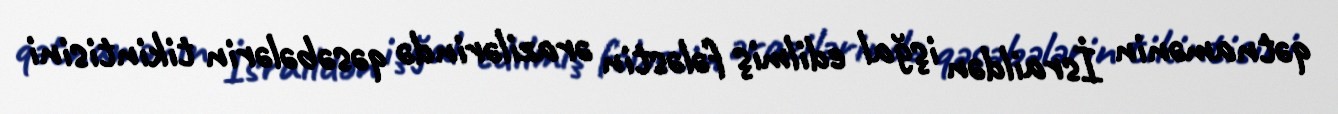
qətnamənin İsraildən işğal edilmiş fələstin ərazilərində qəsəbələrin tikintisini